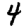
Digit: 4